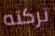
تركته